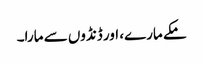
مکے مارے، اور ڈنڈوں سے مارا۔